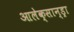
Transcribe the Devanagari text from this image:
आलेक्सान्ड्रा